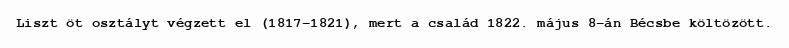
Liszt öt osztályt végzett el (1817–1821), mert a család 1822. május 8-án Bécsbe költözött.